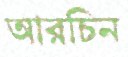
আরচিন